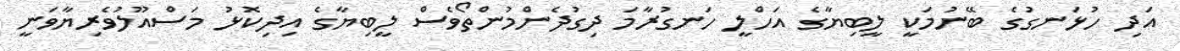
އަދި ހުޅަނގުގެ ބޭނުމަކީ ލީބިޔާގެ އަހްލީ ހަނގުރާމަ ދިގުދެންމުންތޯވެސް ލީބިޔާގެ އިދިކޮޅު މަސްއޫލުވެރިޔާވަނީ